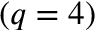
( q = 4 )